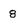
Character: 8